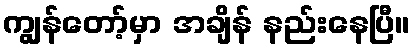
ကျွန်တော့်မှာ အချိန် နည်းနေပြီ။